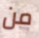
من